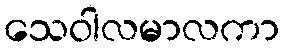
သေဝါလမာလကာ